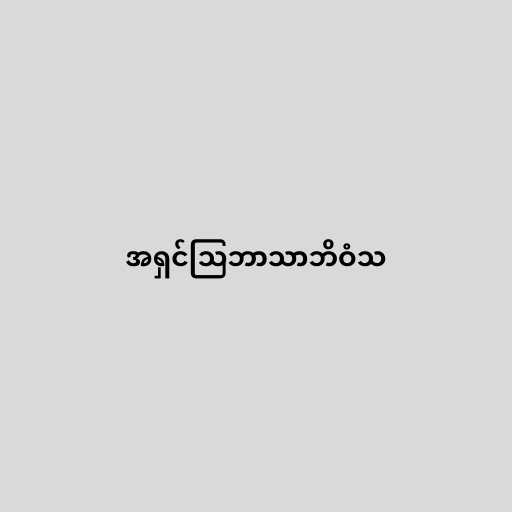
အရှင်သြဘာသာဘိဝံသ